Investigations into the jail dietaries of the United Provinces with some observations on the influence of dietary on the physical development and well-being of the people of the United Provinces - Number 48
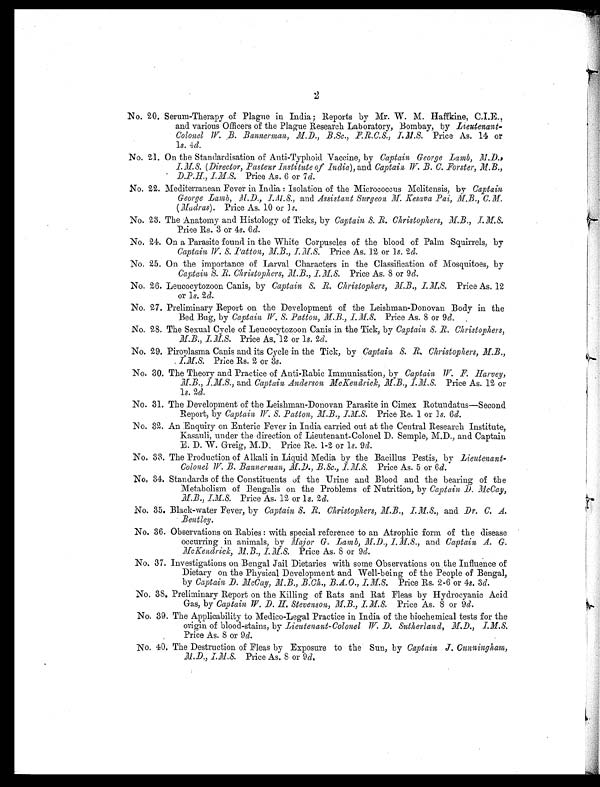
2
No. 20. Serum-Therapy of Plague in India; Reports by Mr. W. M. Haffkine.C.I.E.,
and various Officers of the Plague Research Laboratory, Bombay, by Liextenant-
Colonel W. B. Bannerman, M.D., B.Sc., F.R.C.S., I.M.S. Price As. 14 or
1s. 4d.
No. 21. On the Standardisation of Anti-Typhoid Vaccine, by Captain George Lamb, M.D.,
I.M.S. (Director, Pasteur Institute of India), and Captain, W.B. C. Forster, M.B.,
D.P.H., I.M.S. Price As. 6 or 7d.
No. 22. Mediterranean Fever in India : Isolation of the Micrococcus Melitensis, by Captain
George Lamb, M.D., I.M.S and Assistant Surgeon M. Kesava Pai, M.B., C.M.
(Madras). Price As. 10 or 1s.
No. 23. The Anatomy and Histology of Ticks, by Captain S. R. Christophers, M:B., I.M.S.
Price Rs. 3 or 4s. 6 d.
No. 24. On a Parasite found in the White Corpuscles of the blood of Palm Squirrels, by
Captain W. S. Patton, M.B., I.M.S. Price As. 12 or 1 s. 2d.
No. 25. On the importance of Larval Characters in the Classification of Mosquitoes, by
Captain S. R. Christophers, M.B., I.M.S. Price As. 8 or 9 d.
No. 26. Leucocytozoon Canis, by Captain S. R. Christophers, M.B., I.M.S Price As. 12
or 1s. 2d.
No. 27. Preliminary Report on the Development of the Leishman-Donovan Body in the
Bed Bug, by Captain W. S. Patton, M.B., I.M.S. Price As. 8 or 9d.
No. 28. The Sexual Cycle of Leucocytozoon Canis in the Tick, by Captain S. R. Christophers,
M.B., I.M.S. Price As. 12 or 1s. 2d.
No. 29. Piroplasma Canis and its Cycle in the Tick, by Captain S. R. Christophers, M.B., I.M.S.
Price Rs. 2 or 3s.
No. 30. The Theory and Practice of Anti-Rabic Immunisation, by Captain W. F. Harvey,
M.B., I.M.S., and Captain, Anderson McKendrick,M.B., I.M.S. Price As. 12 or
1s. 2d.
No. 31. The Development of the Leishman-Donovan Parasite in Cimex Rotundatus—Second
Report, by Captain W. S. Patton, M.B., I.M.S. Price Re. 1 or 1s. 6d.
No. 32. An Enquiry on Enteric Fever in India carried out at the Central Research Institute,
Kasauli, under the direction of Lieutenant-Colonel D. Semple, M.D., and Captain
E. D. W. Greig, M.D. Price Re. 1-2 or 1 s. 9 d.
No. 33. The Production of Alkali in Liquid Media by the Bacillus Pestis, by Lieutenant-
Colonel W. B. Bannerman, M.D., B.Sc., I.M.S. Price As. 5 or 6 d.
No. 34. Standards of the Constituents of the Urine and Blood and the bearing of the
Metabolism of Bengalis on the Problems of Nutrition, by Captain D. McCay,
M.B., I.M.S. Price As. 12 or 1s.2d .
No. 35. Black-water Fever, by Captain, S. R. Christophers, M.B., I.M.S., and Dr. C. A.
Bentley.
No. 36. Observations on Rabies : with special reference to an Atrophic form of the disease
occurring in animals, by Major G. Lamb, M.D.,I.M.S., and Captain A. G.
McKendrick, M.B., I.M.S. Price As. 8 or 9d .
No. 37. Investigations on Bengal Jail Dietaries with some Observations on the Influence of
Dietary on the Physical Development and Well-being of the People of Bengal,
by Captain D. McCay, M.B., B.Ch., B.A.O., I.M.S. Price Rs. 2-6 or 4 s. 3d.
No. 38, Preliminary Report on the Killing of Rats and Rat Fleas by Hydrocyanic Acid
Gas, by Captain W. D. H. Stevenson, M.B., I.M.S. Price As. 8 or 9d.
No. 39. The Applicability to Medico-Legal Practice in India of the biochemical tests for the
origin of blood-stains, by Lieutenant-Colonel W. D. Sutherland, M.D., I.M.S.
Price As. 8 or 9d.
No. 40. The Destruction of Fleas by Exposure to the Sun, by Captain J. Cunningham,
M.D., I.M.S. Price As. 8 or 9 d.